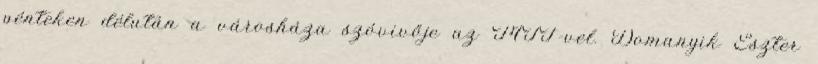
pénteken délután a városháza szóvivője az MTI-vel. Domanyik Eszter